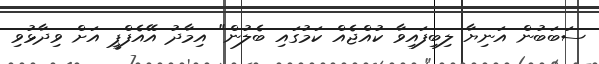
ސަބަބުން އަނިޔާ ލިބިފައިވާ ކުއްޖެއް ކަމުގައި ބެލުން" އިމާދު އޭއެފްޕީ އަށް ވިދާޅުވި